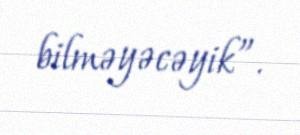
bilməyəcəyik”.